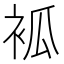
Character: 𧙆